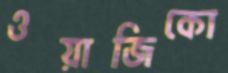
ওয়াজিকো